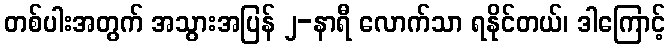
တစ်ပါးအတွက် အသွားအပြန် ၂-နာရီ လောက်သာ ရနိုင်တယ်၊ ဒါကြောင့်